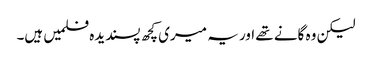
لیکن وہ گانے تھے اور یہ میری کچھ پسندیدہ فلمیں ہیں۔